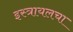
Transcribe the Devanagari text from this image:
इस्त्रायलचा